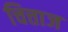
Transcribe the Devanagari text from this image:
चित्ताज